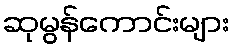
ဆုမွန်ကောင်းများ